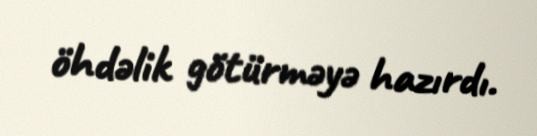
öhdəlik götürməyə hazırdı.